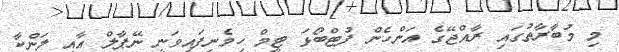
މި މުބާރާތުގައި ރާއްޖޭގެ އަންހެން ފުޓްބޯޅަ ޓީމް ހިމެނިފައިވަނީ ނޭޕާލް އާއި ލަންކާ